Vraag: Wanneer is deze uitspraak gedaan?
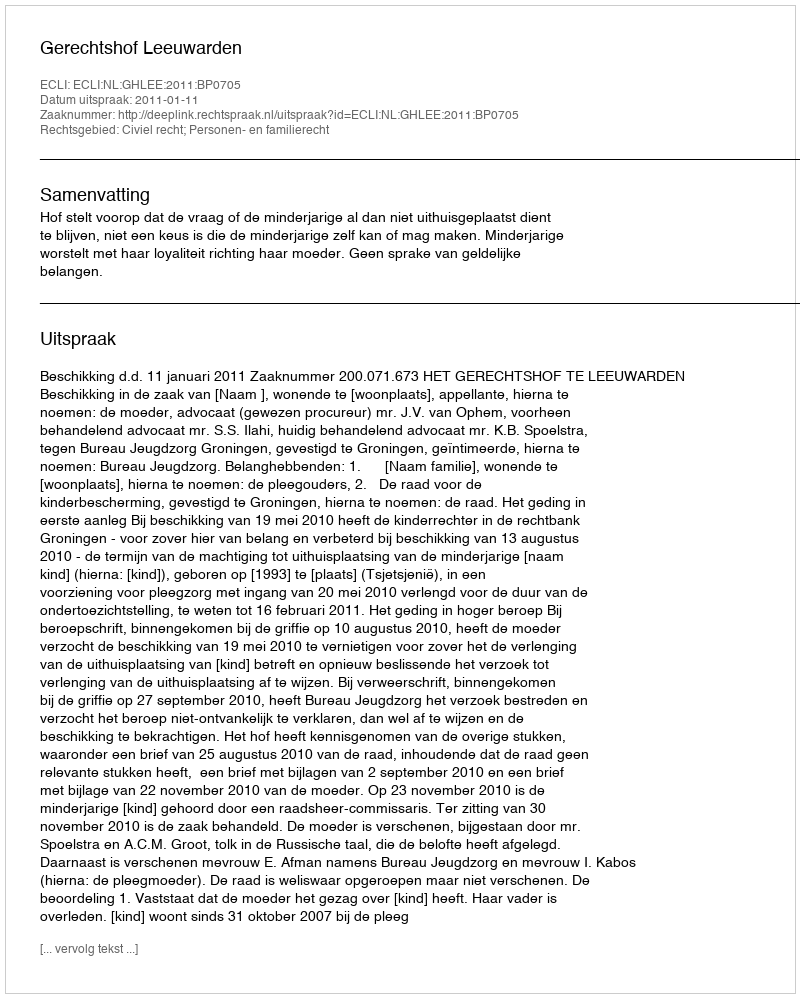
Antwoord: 2011-01-11